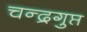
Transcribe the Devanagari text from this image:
चन्द्रगुप्त